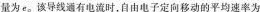
量为e。该导线通有电流时，自由电子定向移动的平均速率为